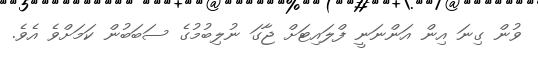
ވުން ގިނަ އިން އަންނަނީ ފްލައިޓަށް ޖާގަ ނުލިބުމުގެ ސަބަބުން ކަމަށްވެ އެވެ.